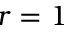
r = 1